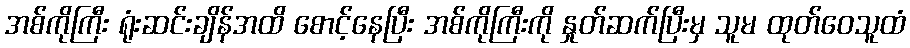
အစ်ကိုကြီး ရုံးဆင်းချိန်အထိ စောင့်နေပြီး အစ်ကိုကြီးကို နှုတ်ဆက်ပြီးမှ သူမ ထုတ်ဝေသူထံ